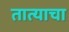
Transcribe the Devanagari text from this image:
तात्याचा